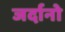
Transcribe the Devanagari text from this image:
जर्दानो